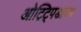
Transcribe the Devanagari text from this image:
ओट्ट्पिडारम